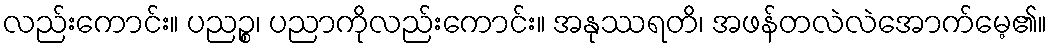
လည်းကောင်း။ ပညဉ္စ၊ ပညာကိုလည်းကောင်း။ အနုဿရတိ၊ အဖန်တလဲလဲအောက်မေ့၏။